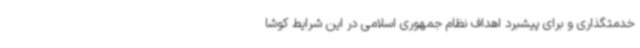
خدمتگذاری و برای پیشبرد اهداف نظام جمهوری اسلامی در این شرایط کوشا